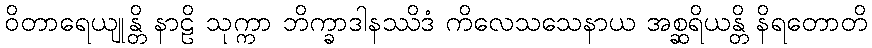
ဝိတာရေယျုန္တိ နာဠိ သုက္ကာ ဘိက္ခာဒါနဿိဒံ ကိလေသသေနာယ အစ္ဆရိယန္တိ နိရတောတိ